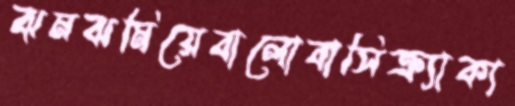
ঝমঝমিয়েবালোবাসিক্র্যাকা